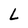
Character: L